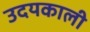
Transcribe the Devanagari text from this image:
उदयकाली